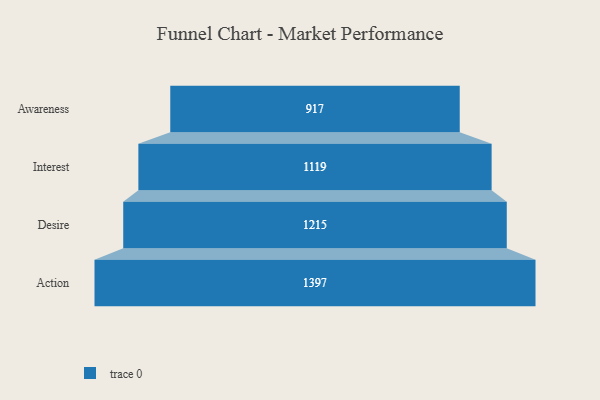
{"axis": {"x": "Stage", "y": "Value"}, "legend": [""], "data": [{"x": "Awareness", "y": 917.0, "type": ""}, {"x": "Interest", "y": 1119.0, "type": ""}, {"x": "Desire", "y": 1215.0, "type": ""}, {"x": "Action", "y": 1397.0, "type": ""}]}